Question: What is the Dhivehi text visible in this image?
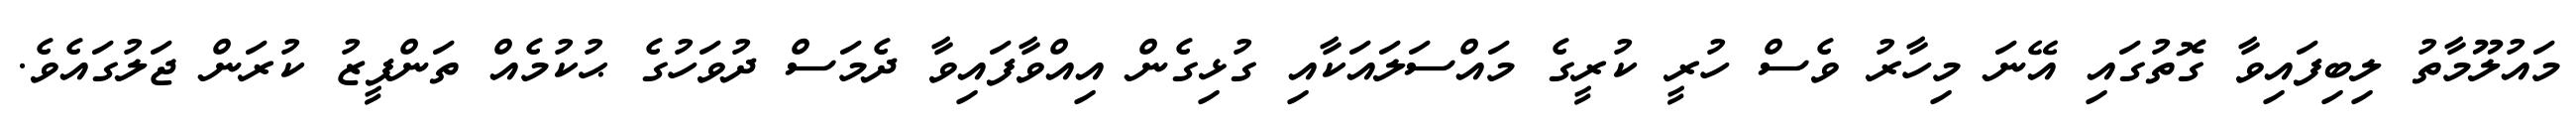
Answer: މައުލޫމާތު ލިބިފައިވާ ގޮތުގައި އޭނަ މިހާރު ވެސް ހުރީ ކުރީގެ މައްސަލައަކާއި ގުޅިގެން އިއްވާފައިވާ ދެމަސް ދުވަހުގެ ޙުކުމެއް ތަންފީޒު ކުރަން ޖަލުގައެވެ.